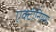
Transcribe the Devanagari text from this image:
एक्टीनियम